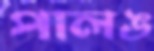
পালঙ